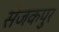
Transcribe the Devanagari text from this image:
सेजकपुर